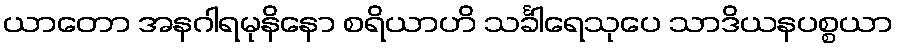
ယာတော အနဂါရမုနိနော စရိယာဟိ သင်္ခါရေသုပေ သာဒိယနပစ္စယာ